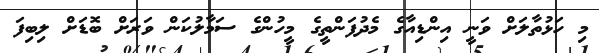
މި ހަޅުތާލަށް ވަނީ އިންޑިއާގެ މެދުފަންތީގެ މީހުންގެ ސަމާލުކަން ވަރަށް ބޮޑަށް ލިބިފަ